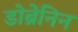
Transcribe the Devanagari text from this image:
डोब्रेनिन